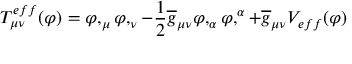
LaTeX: T _ { \mu \nu } ^ { e f f } ( \varphi ) = \varphi , _ { \mu } \varphi , _ { \nu } - \frac { 1 } { 2 } \overline { { { g } } } _ { \mu \nu } \varphi , _ { \alpha } \varphi , ^ { \alpha } + \overline { { { g } } } _ { \mu \nu } V _ { e f f } ( \varphi )